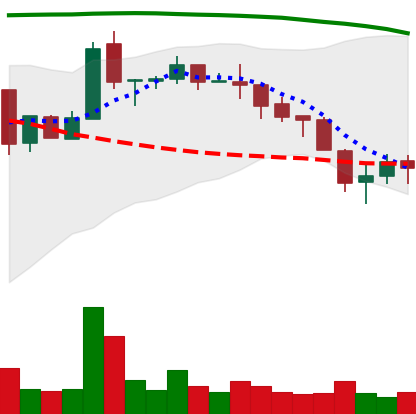
Ticker: NEO-USD
Chart end date: 2018-05-14
Forward return: -10.976%
Label: down_7plus